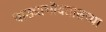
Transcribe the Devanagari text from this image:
वाड्याभोवतालच्या